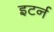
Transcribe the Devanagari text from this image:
इटर्न